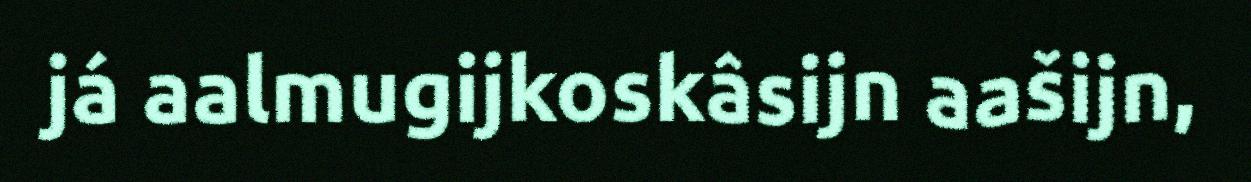
já aalmugijkoskâsijn aašijn,